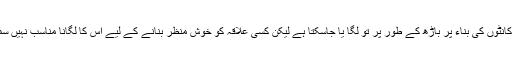
ان درختوں کا کانٹوں کی بناء پر باڑھ کے طور پر تو لگا یا جاسکتا ہے لیکن کسی علاقہ کو خوش منظر بنانے کے لیے اس کا لگانا مناسب نہیں سمجھا جاتا ہے ۔